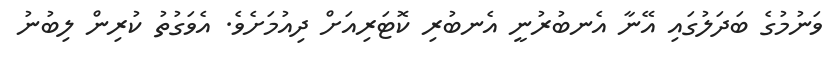
ވަނުމުގެ ބަދަލުގައި އޭނާ އެނބުރުނީ އެނބުރި ކޮޓަރިއަށް ދިއުމަށެވެ. އެވަގުތު ކުރިން ލިބުނު